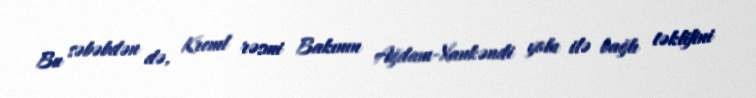
Bu səbəbdən də, Kreml rəsmi Bakının Ağdam-Xankəndi yolu ilə bağlı təklifini